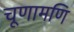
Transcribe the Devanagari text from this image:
चूणामणि